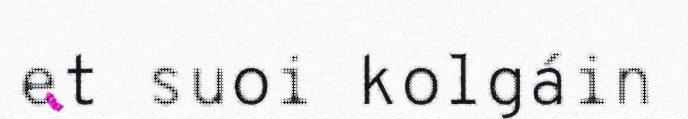
et suoi kolgáin